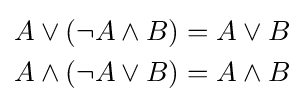
{\begin{aligned}A\vee (\lnot A\wedge B)&=A\vee B\\A\wedge (\lnot A\vee B)&=A\wedge B\end{aligned}}